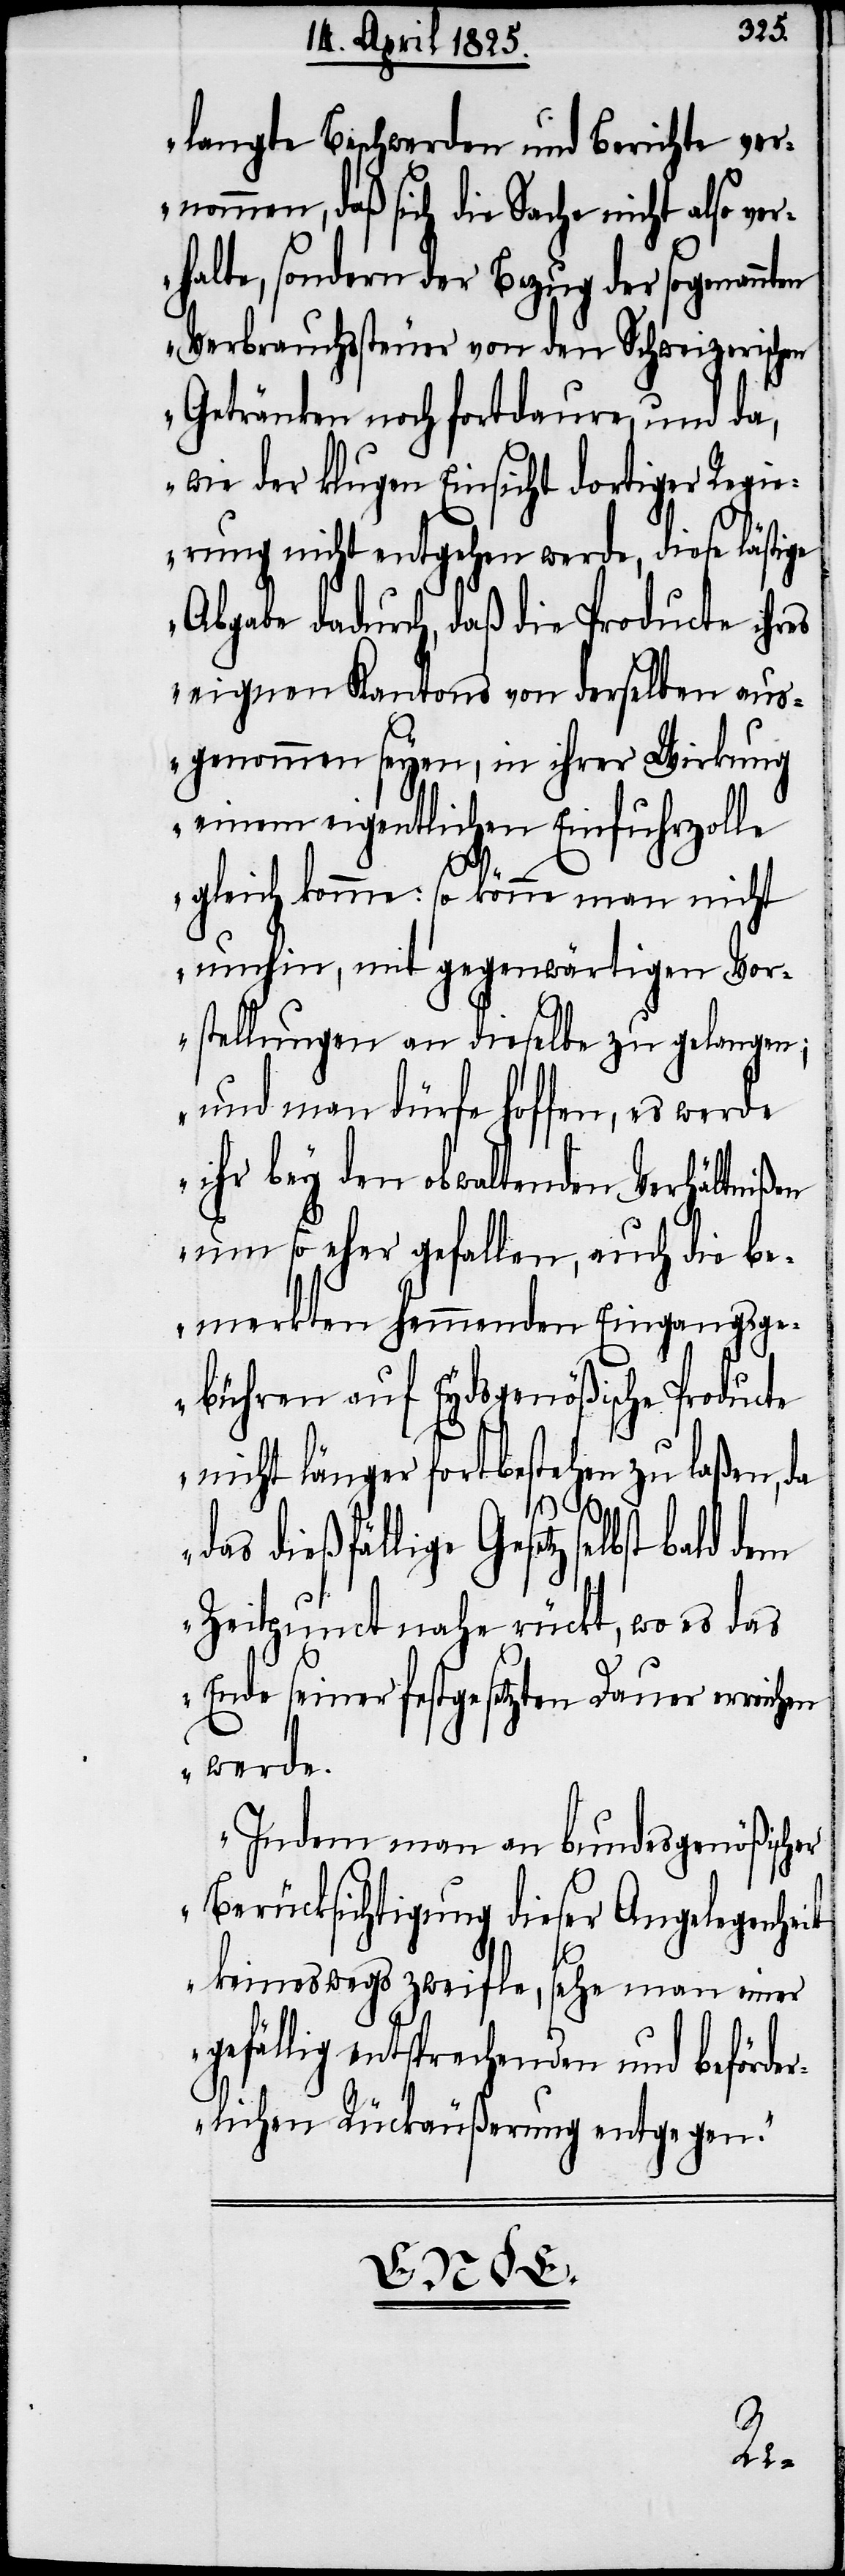
langte Beschwerden und Berichte ver¬
nommen, daß sich die Sache nicht also ve¬
halte, sondern der Bezug der sogenann¬
Verbrauchssteuer von den Schweizerischen
Getränken noch fortdaure, und da,
wie der klugen Einsicht dortiger Regi¬
erung nicht entgehen werde, diese lästige
Abgabe dadurch, daß die Producte ihres
eigenen Kantons von derselben aus¬
genommen seyen, in ihrer Wirkung
einem eigentlichen Einfuhrzolle
gleich komme: so könne man nicht
umhin, mit gegenwärtigen Vor¬
stellungen an dieselbe zu gelangen;
und man dürfe hoffen, es werde
ihr bey den obwaltenden Verhältnißen
um so eher gefallen, auch die be¬
merkten hemmenden Eingangsge¬
bühren auf Eydsgenößische Producte
nicht länger fortbestehen zu laßen, da
das dießfällige Gesetz selbst bald
Zeitpunct nahe rückt, wo es das
Ende seiner festgesetzten Dauer erreichen
werde.
Indem man an bundesgenößischer
Berücksichtigung dieser Angelegenheit
keineswegs zweifle, sehe man einer
gefällig entsprechenden und beförde¬
rlichen Rückäußerung entgegen.“
ten